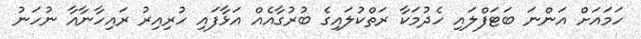
ހަމައަށް އަންނަ ބަޓަފްލައި ހެދުމަކާ ރަތްކުލައިގެ ބުރުގާއެއް އަޅާފައި ހުރިއިރު ރައިހާނާއާ ނުހަނު